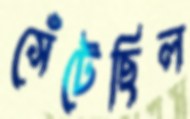
সেঁটেছিল